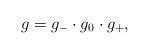
LaTeX: \begin{align*}g=g_{-}\cdot g_0\cdot g_{+},\end{align*}